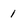
Character: 1